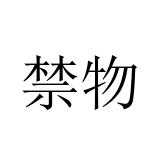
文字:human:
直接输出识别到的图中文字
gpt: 禁物